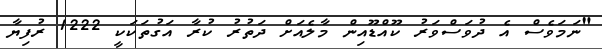
"ނަމަވެސް އެ ދުވަސްވަރު ކޫއްޑޫއިން މާލެއަށް ދަތުރު ކުރާ އަގުތަކަކީ 1222 ރުފިޔާ